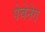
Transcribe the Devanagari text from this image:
पेचेनेग